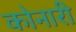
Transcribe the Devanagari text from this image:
कोनारी